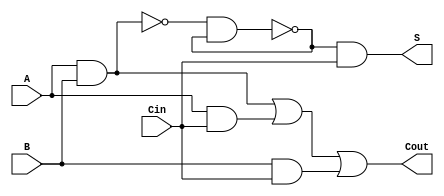
module NegativeCircuitFullAdder(
    input A,     // First input bit
    input B,     // Second input bit
    input Cin,   // Carry-in bit
    output S,    // Sum output
    output Cout   // Carry-out output
);

// Internal wires for intermediate signals
wire AB_nand, AC_nand, BC_nand; // NAND gates for AND operations
wire AB_and, AC_and, BC_and;     // AND outputs
wire A_xor_B;                    // XOR output
wire A_xor_B_xor_Cin;            // Final XOR for Sum

// NAND gates for the AND operation
assign AB_nand = ~(A & B);
assign AC_nand = ~(A & Cin);
assign BC_nand = ~(B & Cin);

// AND operations (using NAND gates)
assign AB_and = ~AB_nand; // A AND B
assign AC_and = ~AC_nand; // A AND Cin
assign BC_and = ~BC_nand; // B AND Cin

// Carry-out calculation
assign Cout = AB_and | AC_and | BC_and; // OR operation for Cout

// XOR calculation for Sum (S = A  B  Cin)
assign A_xor_B = ~(AB_nand & (A_xor_B)); // A XOR B using NAND
assign A_xor_B_xor_Cin = ~(A_xor_B & Cin);
assign S = ~(A_xor_B_xor_Cin);

// Final outputs
endmodule